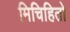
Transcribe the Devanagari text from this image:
मिचिहितो